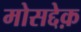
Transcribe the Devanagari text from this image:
मोसद्देक़